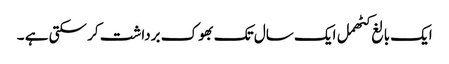
ایک بالغ کٹھمل ایک سال تک بھوک برداشت کر سکتی ہے ۔